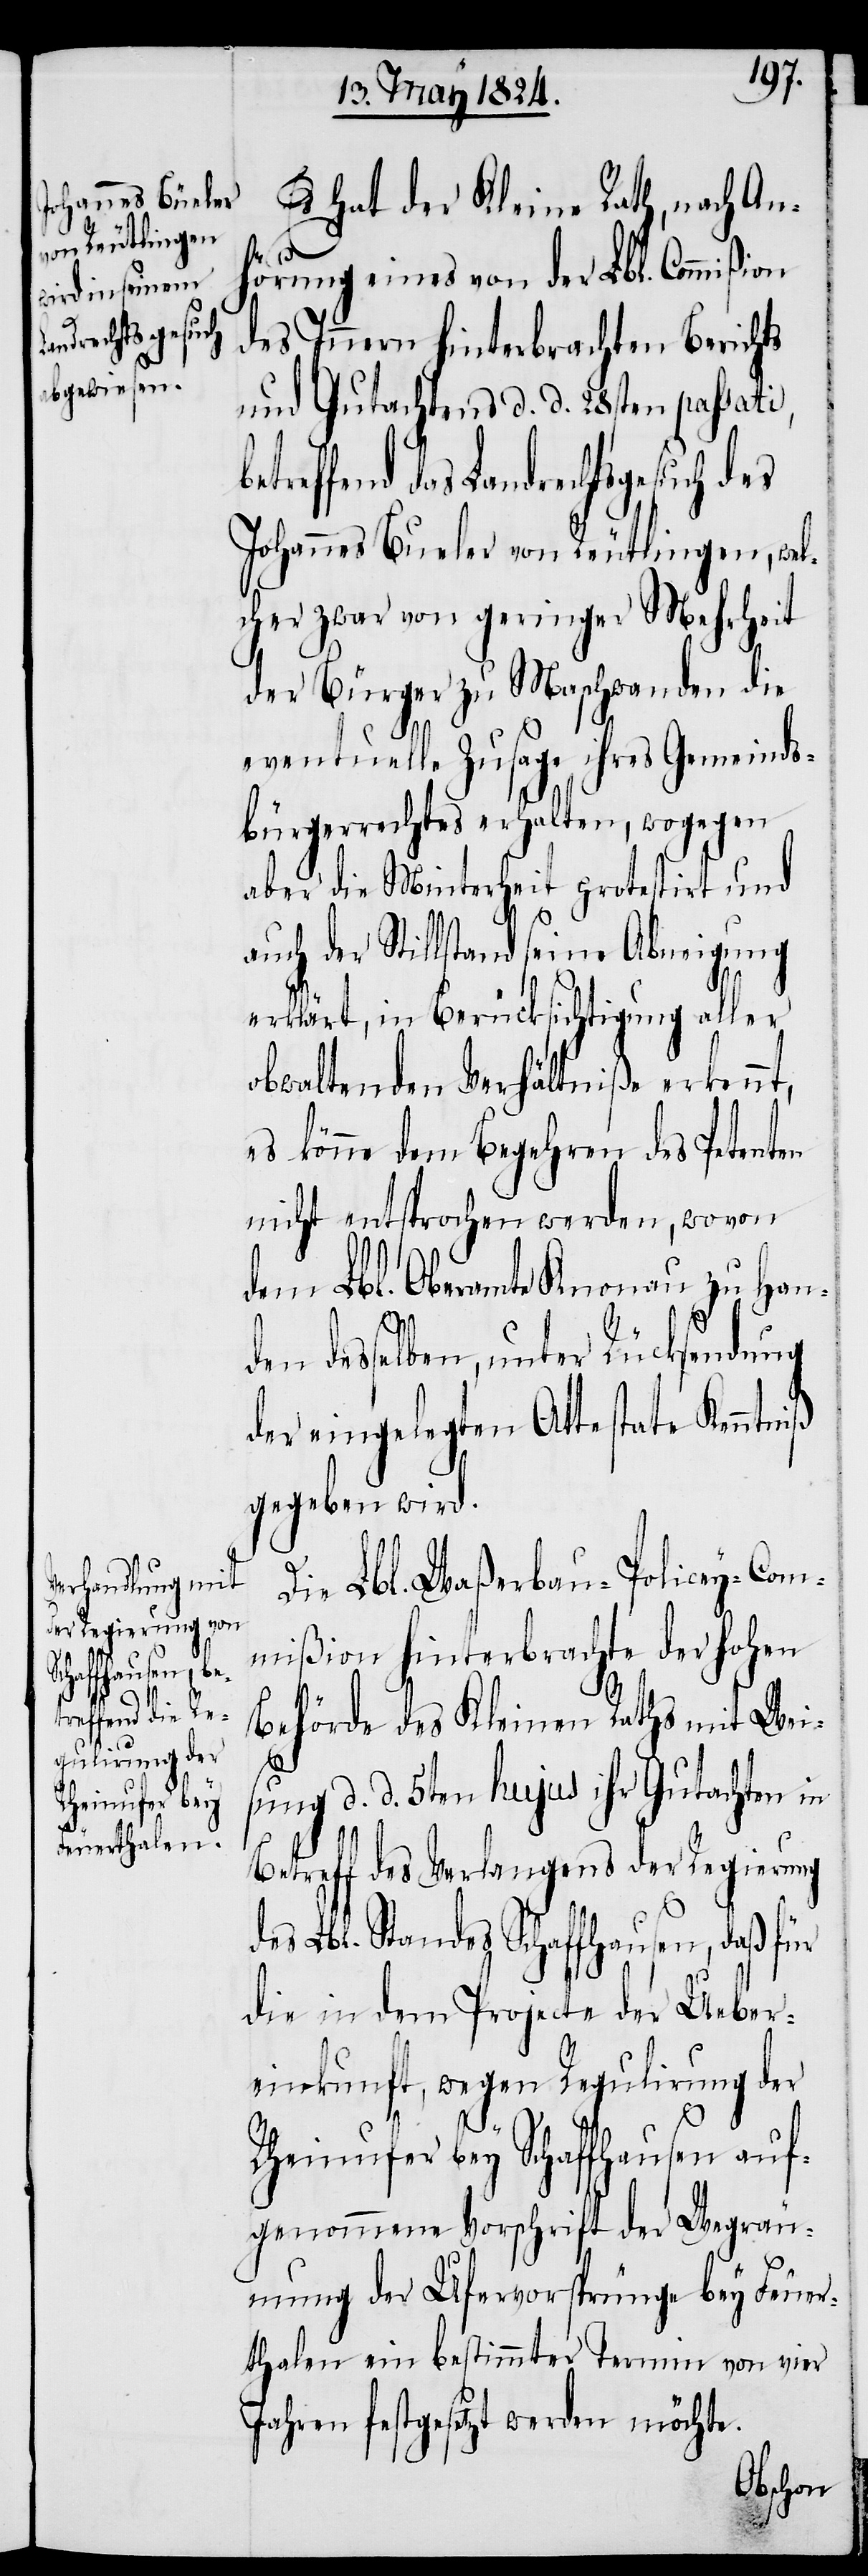
Es hat der Kleine Rath, nach An¬
hörung eines von der Lbl. Commißion
des Innern hinterbrachten Berichts
und Gutachten d. d. 28sten passati,
effend das Landrechtsgesuch des
Johannes Bueler von Reutlingen, wel¬
cher zwar von geringer Mehrheit
der Bürger zu Maschwanden die
eventuelle Zusage ihres Gemeinds¬
bürgerrechtes erhalten, wogegen
aber die Minterheit protestirt und
auch der Stillstand seine Abneigung
erklärt, in Berücksichtigung aller
obwaltenden Verhältniße erkennt,
es könne dem Begehren des Petenten
nicht entsprochen werden, wovon
dem Lbl. Oberamte Knonau zu Han¬
desselben, unter Rücksendung
der eingelegten Attestate Kenntniß
gegeben wird.
Die Lbl. Waßerbau-Policey-Com¬
mißion hinterbrachte der hohen
Behörde des Kleinen Raths mit Wei¬
sung d. d. 5ten hujus ihr Gutachten in
Betreff des Verlangens der Regierung
des Lbl. Standes Schaffhausen, daß für
die in dem Projecte der Ueber¬
einkunft, wegen Regulirung der
Rheinufer bey Schaffhausen auf¬
genommene Vorschrift der Wegräu¬
mung der Ufervorsprünge bey Feuer¬
thalen ein bestimmter Termin von vier
Jahren festgesetzt werden möchte.
den